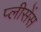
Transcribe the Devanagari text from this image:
प्लीसेंस